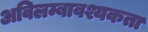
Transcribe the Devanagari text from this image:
अविलम्बावश्यकता